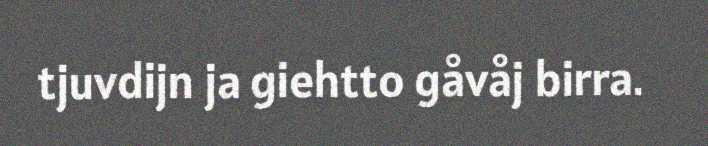
tjuvdijn ja giehtto gåvåj birra.